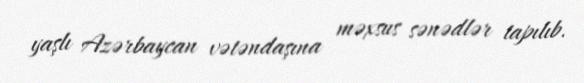
yaşlı Azərbaycan vətəndaşına məxsus sənədlər tapılıb.